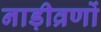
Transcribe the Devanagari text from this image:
नाड़ीव्रणों